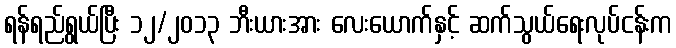
ရန်ရည်ရွယ်ပြီး ၁၂/၂၀၁၃ ဘီးယားအား လေးယောက်နှင့် ဆက်သွယ်ရေးလုပ်ငန်းက